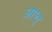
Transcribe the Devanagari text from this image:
आप्लु